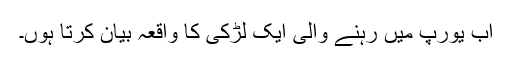
اب یورپ میں رہنے والی ایک لڑکی کا واقعہ بیان کرتا ہوں۔